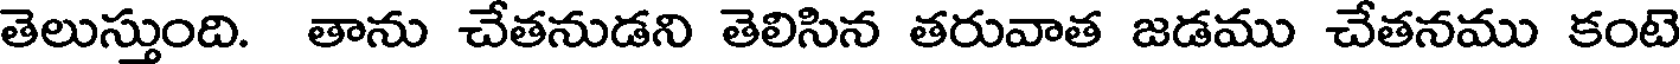
తెలుస్తుంది. తాను చేతనుడని తెలిసిన తరువాత జడము చేతనము కంటె